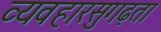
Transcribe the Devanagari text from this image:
व्यवहारसुगढ़ता